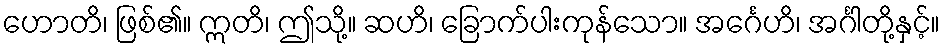
ဟောတိ၊ ဖြစ်၏။ ဣတိ၊ ဤသို့။ ဆဟိ၊ ခြောက်ပါးကုန်သော။ အင်္ဂေဟိ၊ အင်္ဂါတို့နှင့်။